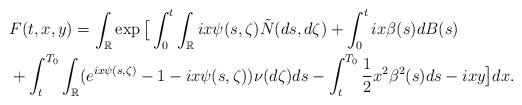
LaTeX: \begin{align*}&F(t,x,y)=\int_{\mathbb{R}}\exp\big[\int_0^t\int_{\mathbb{R}}ix\psi(s,\zeta)\tilde{N}(ds,d\zeta) +\int_0^t ix\beta(s)dB(s)\\& +\int_t^{T_0}\int_{\mathbb{R}}(e^{ix\psi(s,\zeta)}-1-ix\psi(s,\zeta))\nu(d\zeta)ds-\int_t^{T_0}\frac{1}{2}x^2\beta^2(s)ds-ixy\big]dx. \end{align*}